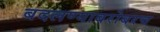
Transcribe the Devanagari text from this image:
बदलण्याबरोबरच